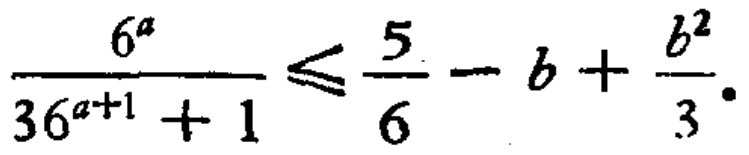
\(\frac{6^{a}}{36^{a + 1}+1}\leq\frac{5}{6}-b+\frac{b^{2}}{3}\)